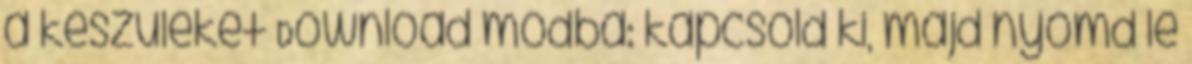
a készüléket Download módba: kapcsold ki, majd nyomd le